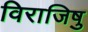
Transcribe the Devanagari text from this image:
विराजिषु